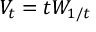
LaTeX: V _ { t } = t W _ { 1 / t }